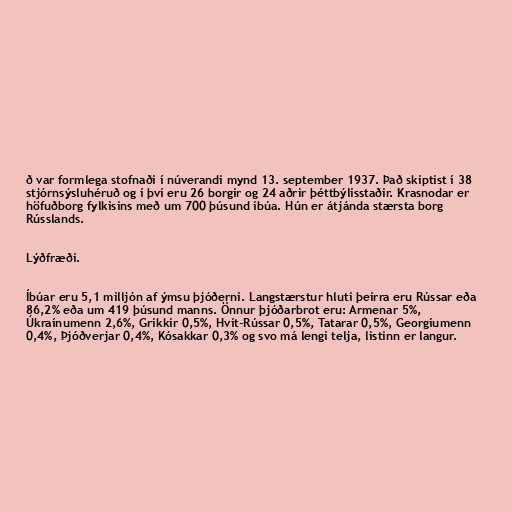
ð var formlega stofnaði í núverandi mynd 13. september 1937. Það skiptist í 38
stjórnsýsluhéruð og í því eru 26 borgir og 24 aðrir þéttbýlisstaðir. Krasnodar er
höfuðborg fylkisins með um 700 þúsund íbúa. Hún er átjánda stærsta borg
Rússlands.

Lýðfræði.

Íbúar eru 5,1 milljón af ýmsu þjóðerni. Langstærstur hluti þeirra eru Rússar eða
86,2% eða um 419 þúsund manns. Önnur þjóðarbrot eru: Armenar 5%,
Úkraínumenn 2,6%, Grikkir 0,5%, Hvít-Rússar 0,5%, Tatarar 0,5%, Georgíumenn
0,4%, Þjóðverjar 0,4%, Kósakkar 0,3% og svo má lengi telja, listinn er langur.